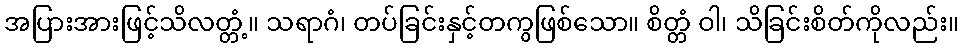
အပြားအားဖြင့်သိလတ္တံ့။ သရာဂံ၊ တပ်ခြင်းနှင့်တကွဖြစ်သော။ စိတ္တံ ဝါ၊ သိခြင်းစိတ်ကိုလည်း။